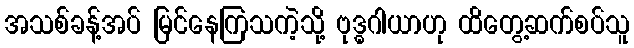
အသစ်ခန့်အပ် မြင်နေကြသကဲ့သို့ ဗုဒ္ဓဂါယာဟု ထိတွေ့ဆက်စပ်သူ